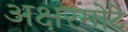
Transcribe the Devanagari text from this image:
अक्षरमोटे